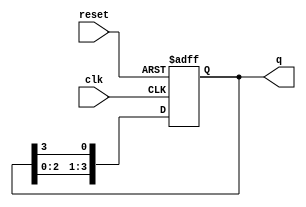
module bistable_ring_counter #(
    parameter N = 4  // Number of flip-flops in the counter
) (
    input wire clk,          // Clock signal
    input wire reset,        // Asynchronous reset signal
    output reg [N-1:0] q     // Output representing the current state of the counter
);

    // Initialize the counter state
    always @(posedge clk or posedge reset) begin
        if (reset) begin
            q <= 1'b1 << (N-1); // Set the last flip-flop to 1, others to 0 (e.g., 1000 for N = 4)
        end else begin
            // Shift the '1' bit around the ring
            q <= {q[N-2:0], q[N-1]}; // Shift left and wrap around
        end
    end

endmodule